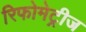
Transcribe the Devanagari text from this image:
रिफोमेट्रीज